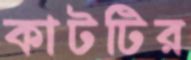
কাটটির